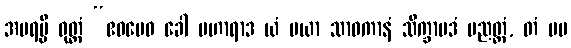
အပရမ္ပိ ဝုတ္တံ “ဧဝမေဝ ခေါ ပဟာရာဒ ယံ မယာ သာဝကာနံ သိက္ခာပဒံ ပညတ္တံ, တံ မမ